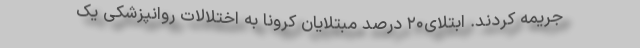
جریمه کردند. ابتلای۲۰ درصد مبتلایان کرونا به اختلالات روانپزشکی یک